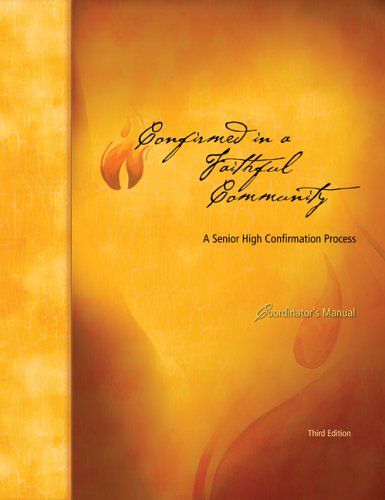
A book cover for Confirmed in a Faithful Community Coordinator's Manual: Third Edition; Thomas Zanzig; Christian Books & Bibles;